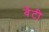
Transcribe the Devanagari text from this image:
वेंटी